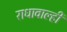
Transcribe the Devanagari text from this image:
राधावाल्ही